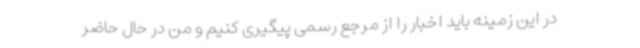
در این زمینه باید اخبار را از مرجع رسمی پیگیری کنیم و من در حال حاضر